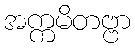
အက္ကမိတဗ္ဗာ